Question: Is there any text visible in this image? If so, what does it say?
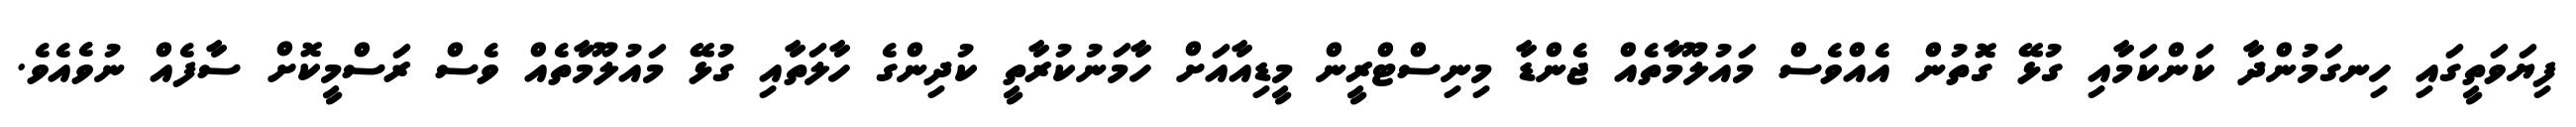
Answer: ފިޔަވަތީގައި ހިނގަމުންދާ ކަންކަމާއި ގުޅޭ ގޮތުން އެއްވެސް މައުލޫމާތެއް ޖެންޑާ މިނިސްޓްރީން މީޑިއާއަށް ހާމަނުކުރާތީ ކުދިންގެ ހާލަތާއި ގުޅޭ މައުލޫމާތެއް ވެސް ރަސްމީކޮށް ސާފެއް ނުވެއެވެ.